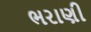
ભરાણી